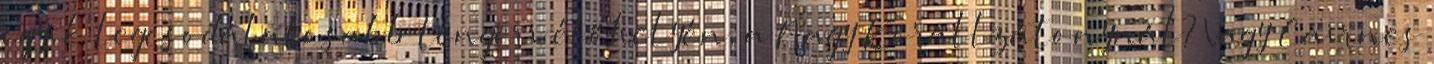
egyik legcsodálatosabb tengeri élőhelyén, a Nagy Korallzátonynál? Vagy Cairnes